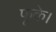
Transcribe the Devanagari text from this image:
फूंके।